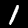
Label: 1